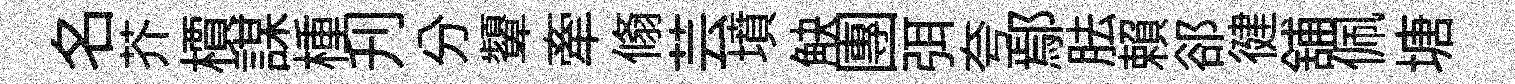
名芥檟謀㮔刋分顰牽翛芸墳觖團弭夸鄢胠賴郤徤舖佩塘